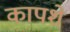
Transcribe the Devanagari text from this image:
कापशे